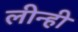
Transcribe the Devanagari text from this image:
लीन्‍ही